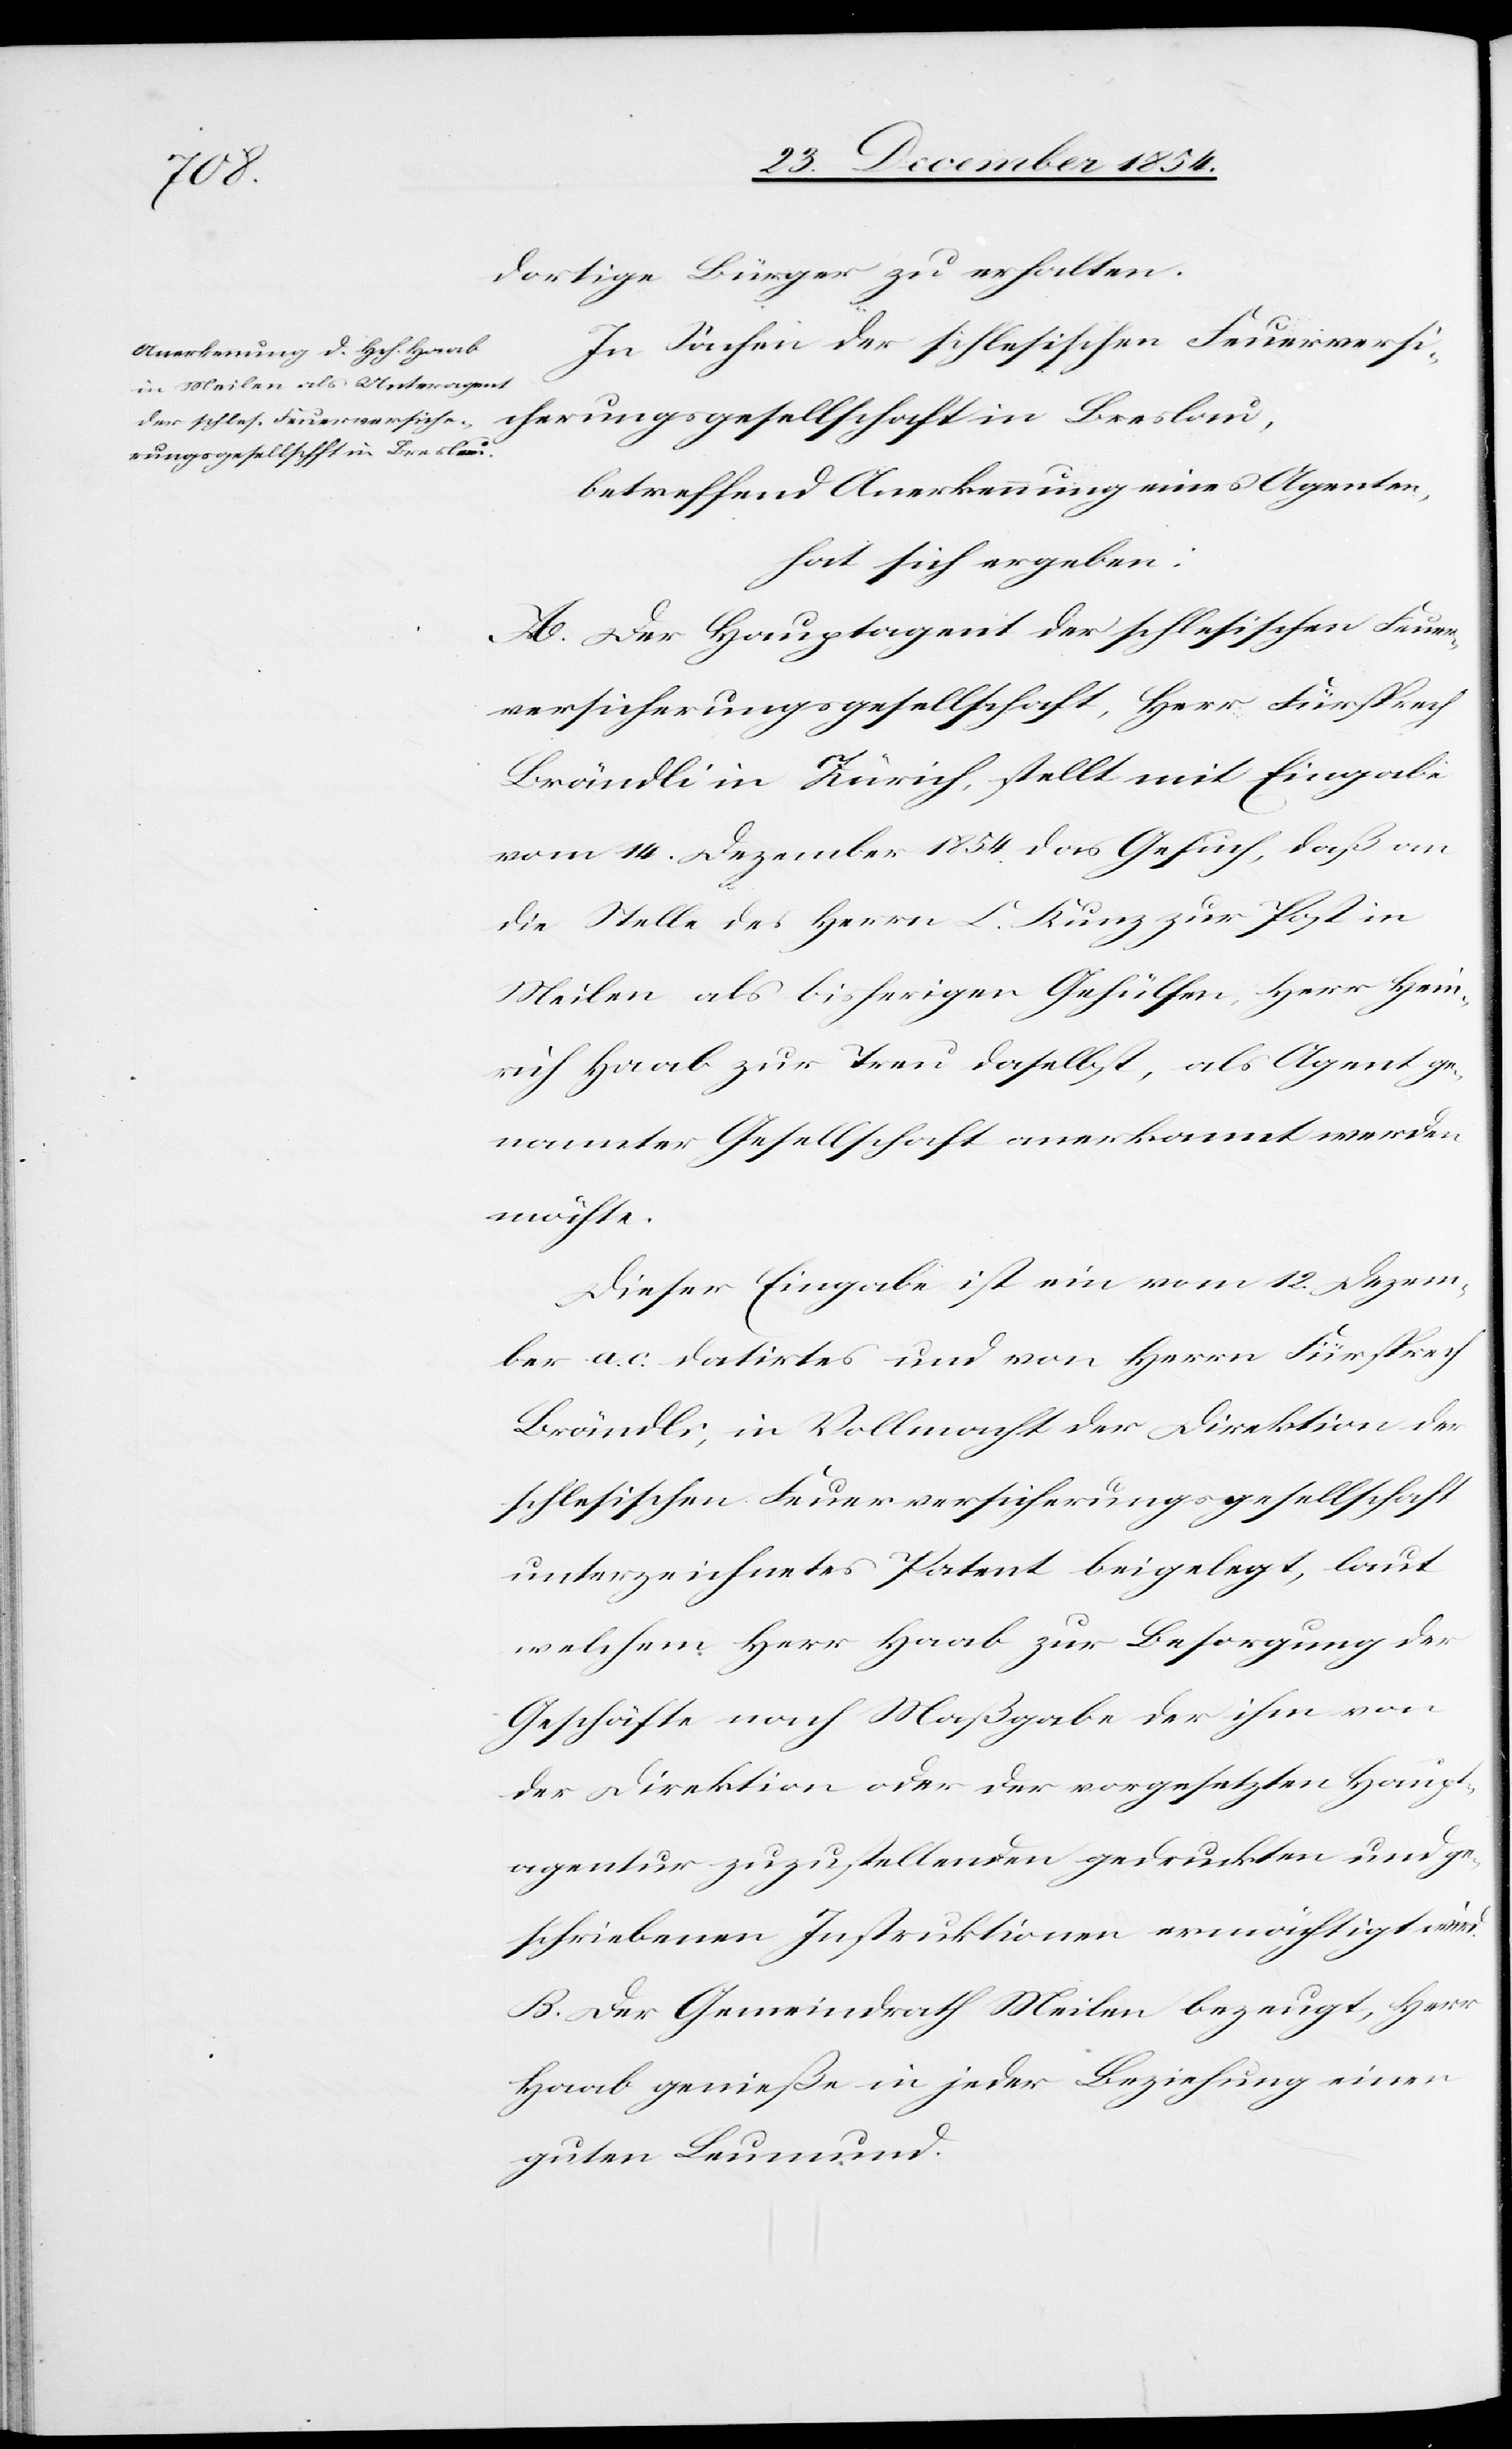
dortige Bürger zu erhalten.
In Sachen der schlesischen Feuerversich¬
erungsgesellschaft in Breslau,
betreffend Anerkennung eines Agenten,
hat sich ergeben:
A. Der Hauptagent der schlesischen Feuer¬
versicherungsgesellschaft, Herr Fürsprech
Brändli in Zürich, stellt mit Eingabe
vom 14. Dezember 1854 das Gesuch, daß an
die Stelle des Herrn C. Kunz zur Post in
Meilen als bisherigen Gehülfen, Herr Hein¬
rich Haab zur Treu daselbst, als Agent ge¬
nannter Gesellschaft anerkannt werden
möchte.
Dieser Eingabe ist ein vom 12. Dezem¬
ber a. c. datirtes und von Herrn Fürsprech
Brändli, in Vollmacht der Direktion der
schlesischen Feuerversicherungsgesellschaft
unterzeichnetes Patent beigelegt, laut
welchem Herr Haab zur Besorgung der
Geschäfte nach Maßgabe der ihm von
der Direktion oder der vorgesetzten Haupt¬
agentur zuzustellenden gedruckten und ge¬
schriebenen Instruktionen ermächtigt wird.
B. Der Gemeindrath Meilen bezeugt, Herr
Haab genieße in jeder Beziehung einen
guten Leumund.